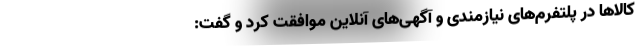
کالا‌ها در پلتفرم‌های نیازمندی و آگهی‌های آنلاین موافقت کرد و گفت: